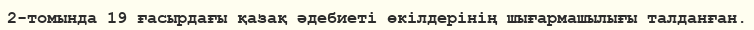
2-томында 19 ғасырдағы қазақ әдебиеті өкілдерінің шығармашылығы талданған.